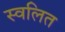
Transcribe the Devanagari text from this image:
स्वलित